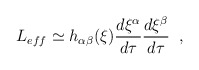
\begin{align*} L_{eff} \simeq h_{\alpha\beta}(\xi)\frac{d\xi^{\alpha}}{d\tau} \frac{d\xi^{\beta}}{d\tau} \;\;,\end{align*}